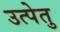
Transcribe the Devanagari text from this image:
उत्पेतु